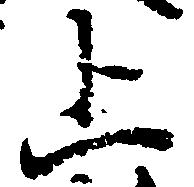
上